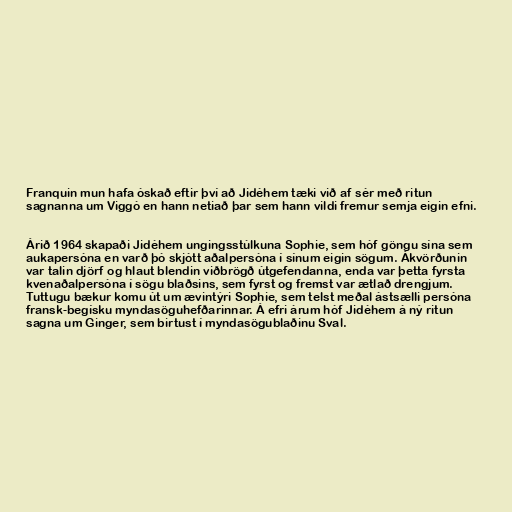
Franquin mun hafa óskað eftir því að Jidéhem tæki við af sér með ritun
sagnanna um Viggó en hann netiað þar sem hann vildi fremur semja eigin efni.

Árið 1964 skapaði Jidéhem ungingsstúlkuna Sophie, sem hóf göngu sína sem
aukapersóna en varð þó skjótt aðalpersóna í sínum eigin sögum. Ákvörðunin
var talin djörf og hlaut blendin viðbrögð útgefendanna, enda var þetta fyrsta
kvenaðalpersóna í sögu blaðsins, sem fyrst og fremst var ætlað drengjum.
Tuttugu bækur komu út um ævintýri Sophie, sem telst meðal ástsælli persóna
fransk-begísku myndasöguhefðarinnar. Á efri árum hóf Jidéhem á ný ritun
sagna um Ginger, sem birtust í myndasögublaðinu Sval.